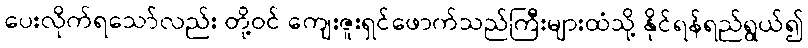
ပေးလိုက်ရသော်လည်း တို့ဝင် ကျေးဇူးရှင်ဖောက်သည်ကြီးများထံသို့ နိုင်ရန်ရည်ရွယ်၍